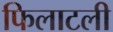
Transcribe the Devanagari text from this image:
फिलाटली